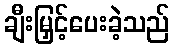
ချီးမြှင့်ပေးခဲ့သည်